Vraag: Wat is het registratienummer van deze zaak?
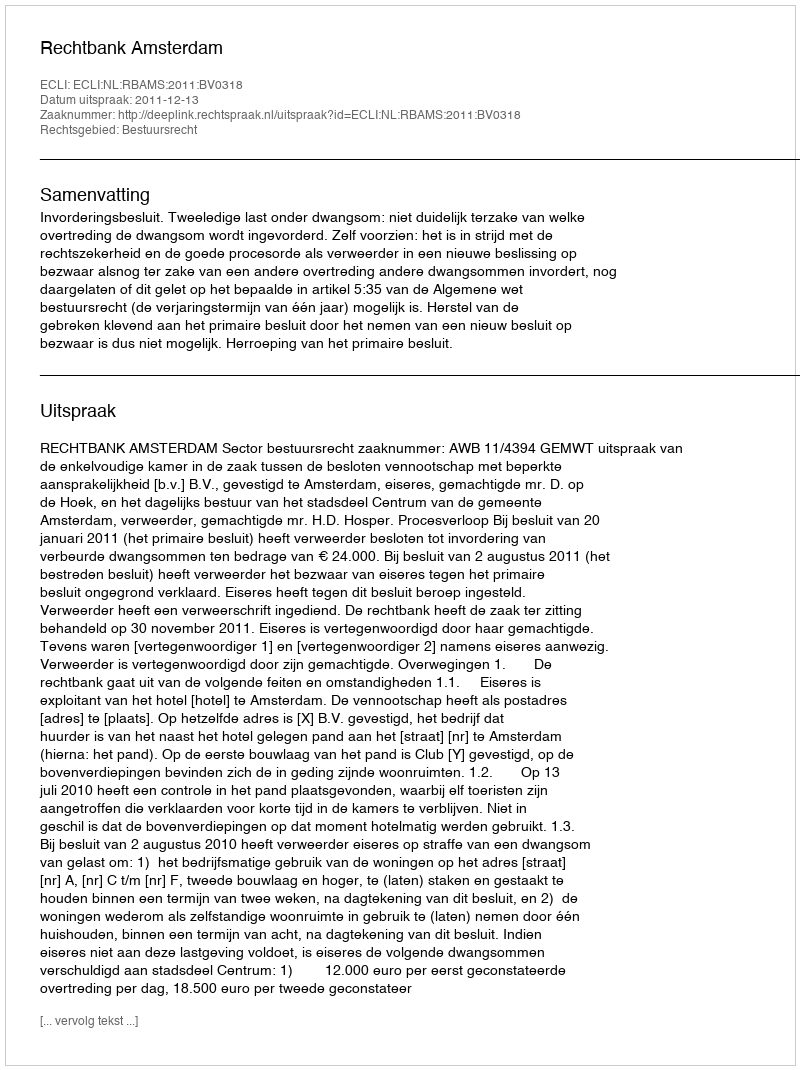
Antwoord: http://deeplink.rechtspraak.nl/uitspraak?id=ECLI:NL:RBAMS:2011:BV0318